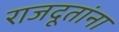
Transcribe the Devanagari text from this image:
राजदूतांना